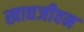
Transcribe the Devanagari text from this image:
खाद्यजीवन